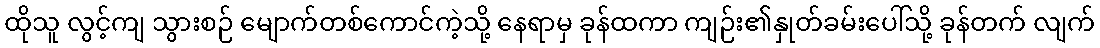
ထိုသူ လွင့်ကျ သွားစဉ် မျောက်တစ်ကောင်ကဲ့သို့ နေရာမှ ခုန်ထကာ ကျဉ်း၏နှုတ်ခမ်းပေါ်သို့ ခုန်တက် လျက်